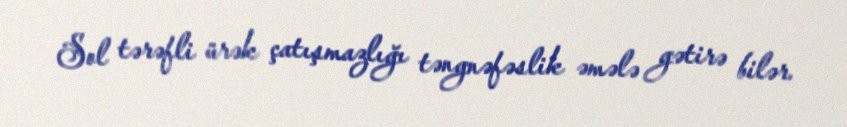
Sol tərəfli ürək çatışmazlığı təngnəfəslik əmələ gətirə bilər.